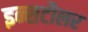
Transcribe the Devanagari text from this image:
इन्सटौलर